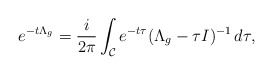
\begin{align*} e^{-t\Lambda_g} = \frac{i}{2\pi}\int_{\mathcal{C}} e^{-t\tau}(\Lambda_g-\tau I)^{-1} \,d\tau,\end{align*}